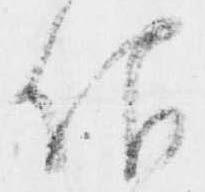
仰